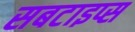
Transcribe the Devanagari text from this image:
सबटाइप्स